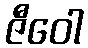
ဇီဝေါ